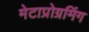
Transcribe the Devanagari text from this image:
मेटाप्रोग्रमिंग